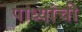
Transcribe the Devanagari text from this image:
पाध्यांची